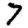
Digit: 7